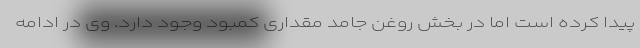
پیدا کرده است اما در بخش روغن جامد مقداری کمبود وجود دارد. وی در ادامه